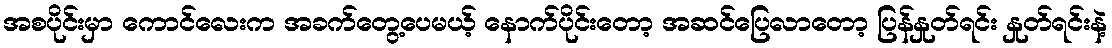
အစပိုင်းမှာ ကောင်လေးက အခက်တွေ့ပေမယ့် နောက်ပိုင်းတော့ အဆင်ပြေလာတော့ ပြန်နှုတ်ရင်း နှုတ်ရင်းနဲ့